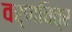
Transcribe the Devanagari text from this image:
वर्णचित्र